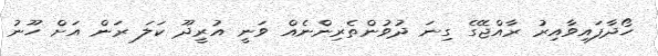
ހޯދާފައިވާއިރު ރާއްޖޭގެ ގިނަ ދުވުންތެރިންނެއް ވަނީ އުރީދޫ ކަލަ ރަން އަށް ހޫނު